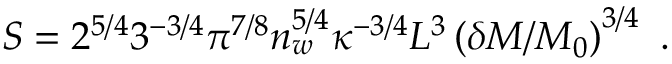
S = 2 ^ { 5 / 4 } 3 ^ { - 3 / 4 } \pi ^ { 7 / 8 } n _ { w } ^ { 5 / 4 } \kappa ^ { - 3 / 4 } L ^ { 3 } \left( \delta M / M _ { 0 } \right) ^ { 3 / 4 } \ .